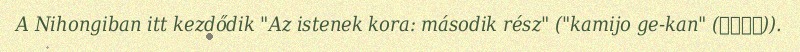
A Nihongiban itt kezdődik "Az istenek kora: második rész" ("kamijo ge-kan" (神代下巻)).